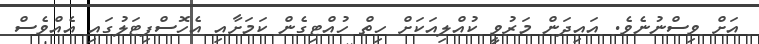
އަށް ވިސްނުނެވެ. އައިދަން މަރުވީ ކުއްލިއަކަށް ހިތް ހުއްޓިގެން ކަމަށާއި އެހޮސްޕިޓަލުގައި އެއްވެސް